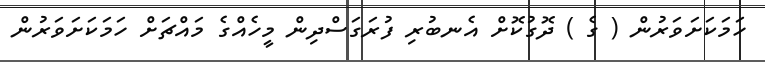
ހަމަކަށަވަރުން ( ގެ ) ދޮގުކޮށް އެނބުރި ފުރަގަސްދިން މީހެއްގެ މައްޗަށް ހަމަކަށަވަރުން